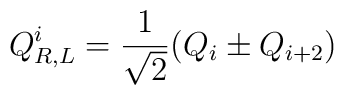
Q_{R,L}^i = {1\over\sqrt{2}}(Q_i\pm Q_{i+2})